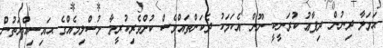
ޙަމަލާ ދިނުން ދިފާޢު ކުރަނީކީ ނޫން އެކަމަކު ދެކަންތައްވެސް ކުށްވެރިކުރީމާ މުސްލިމެއްގެ ޙައިސިއްޔަތުން